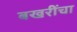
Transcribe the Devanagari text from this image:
बखरींचा